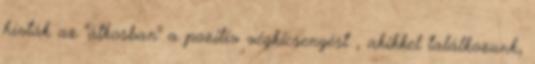
hívták az "átkosban" a pozitív végkicsengést , akikkel találkozunk,